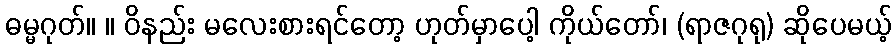
ဓမ္မဂုတ်။ ။ ဝိနည်း မလေးစားရင်တော့ ဟုတ်မှာပေါ့ ကိုယ်တော်၊ (ရာဇဂုရု) ဆိုပေမယ့်